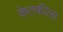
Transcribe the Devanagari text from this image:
केतकीला